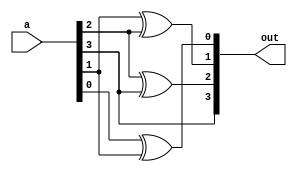
module bin_gray#(parameter n=4)(input [n-1:0]a,
		output reg[n-1:0]out);
integer i;
always@(*)
begin
out[n-1]=a[n-1];
for(i=n-2;i>=0;i=i-1)
begin
out[i]=a[i]^a[i+1];
end
end
endmodule